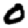
Digit: 0